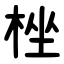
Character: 㭫